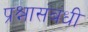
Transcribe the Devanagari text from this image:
प्रश्नासंबंधी